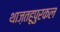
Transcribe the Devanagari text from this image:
थाज़तहूपुरकल